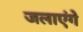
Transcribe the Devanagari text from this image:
जलाएंगे